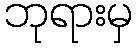
ဘုရားမှ